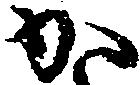
か